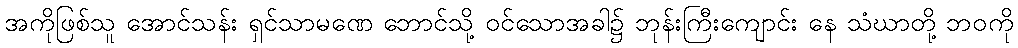
အကိုဖြစ်သူ အောင်သန်း ရှင်သာမဏေ ဘောင်သို့ ဝင်သောအခါ၌ ဘုန်းကြီးကျောင်း နေ သံဃာတို့ ဘဝကို